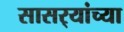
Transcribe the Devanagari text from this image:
सासर्‍यांच्या